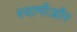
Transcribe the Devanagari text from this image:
स्वामीऔर